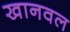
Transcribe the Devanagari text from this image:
खानवल